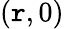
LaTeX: (\mathtt{r},0)